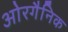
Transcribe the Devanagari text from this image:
ओरगैनिक